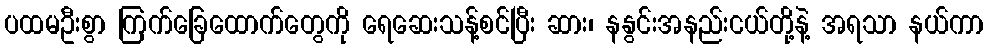
ပထမဦးစွာ ကြက်ခြေထောက်တွေကို ရေဆေးသန့်စင်ပြီး ဆား၊ နနွင်းအနည်းငယ်တို့နဲ့ အရသာ နယ်ကာ